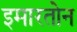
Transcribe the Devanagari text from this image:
इमारतोन